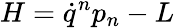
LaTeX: H=\dot{q}^{n}p_{n}-L